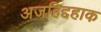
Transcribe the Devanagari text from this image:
अजहिद्दहाक